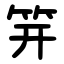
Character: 笄